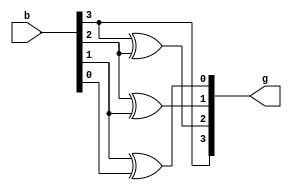
module bcd(b,g);
 input [3:0] b;
 output [3:0] g;
assign g[3]=b[3];
assign g[2]=b[3]^b[2];
assign g[1]=b[2]^b[1];
assign g[0]=b[1]^b[0];
endmodule